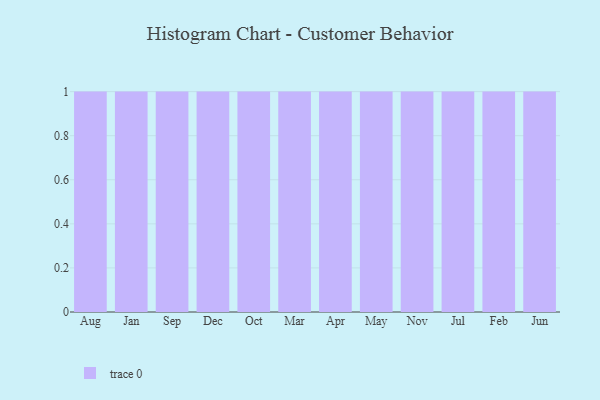
{"axis": {"x": "Month", "y": "Humidity (%)"}, "legend": [""], "data": [{"x": "Aug", "y": 35, "type": ""}, {"x": "Jan", "y": 40, "type": ""}, {"x": "Sep", "y": 33, "type": ""}, {"x": "Dec", "y": 63, "type": ""}, {"x": "Oct", "y": 36, "type": ""}, {"x": "Mar", "y": 7, "type": ""}, {"x": "Apr", "y": 94, "type": ""}, {"x": "May", "y": 36, "type": ""}, {"x": "Nov", "y": 36, "type": ""}, {"x": "Jul", "y": 29, "type": ""}, {"x": "Feb", "y": 10, "type": ""}, {"x": "Jun", "y": 16, "type": ""}]}